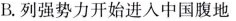
B.列强势力开始进入中国腹地